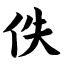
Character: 佚